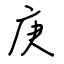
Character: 庚